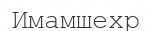
Имамшехр